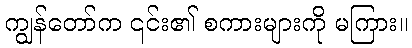
ကျွန်တော်က ၎င်း၏ စကားများကို မကြား။